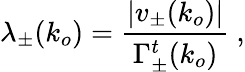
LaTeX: \lambda_{\pm}(k_{o})=\frac{|v_{\pm}(k_{o})|}{\Gamma_{\pm}^{t}(k_{o})}~,